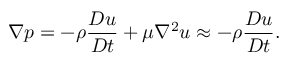
\nabla p = - \rho \frac { D \boldsymbol { u } } { D t } + \mu \nabla ^ { 2 } \boldsymbol { u } \approx - \rho \frac { D \boldsymbol { u } } { D t } .